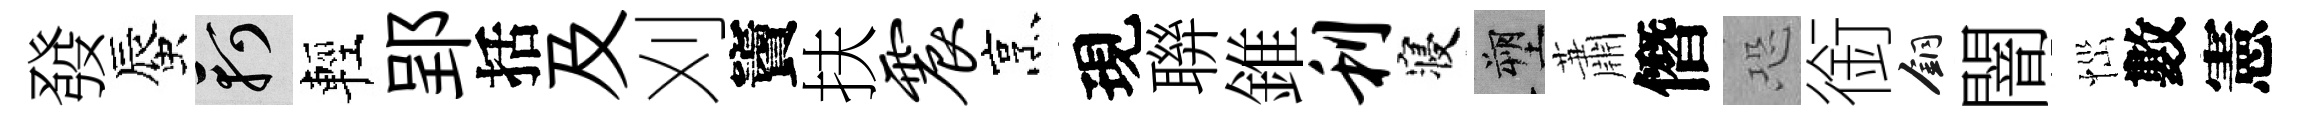
發蜃軻輕郢括及刈竇扶震烹現聨錐利寝塑蕭僭恐銜銅闇𢙉數憲